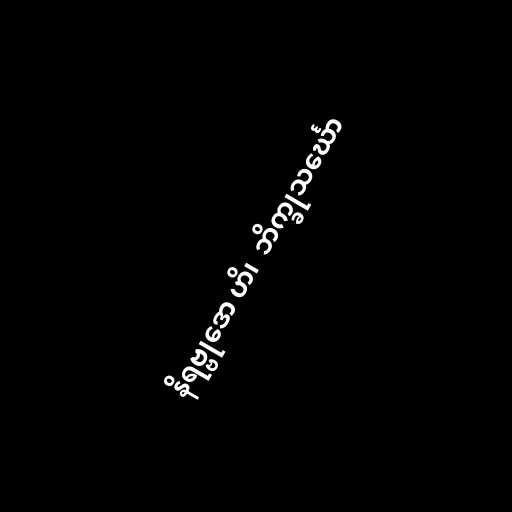
နိရဗ္ဗုဒော ဟိ၊  ဘိက္ခုသင်္ဃော